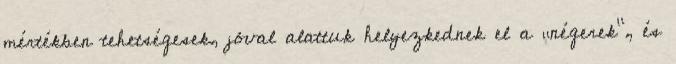
mértékben tehetségesek, jóval alattuk helyezkednek el a „négerek”, és